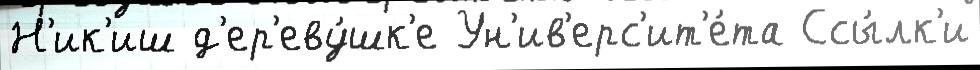
Н'ик'иш д'ер'еву́шк'е Ун'ив'ерс'ит'е́та Ссы́лк'и